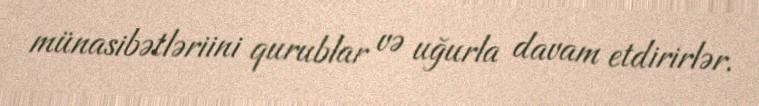
münasibətləriini qurublar və uğurla davam etdirirlər.